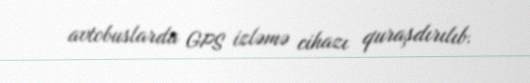
avtobuslarda GPS izləmə cihazı quraşdırılıb.